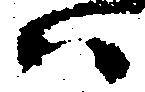
ハ